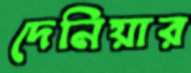
দেনিয়ার